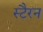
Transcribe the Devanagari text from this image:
स्टैरन